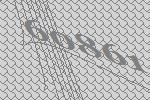
60861